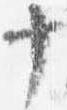
十